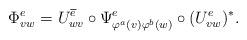
LaTeX: \begin{align*} \Phi^e_{vw} &= U^{\overline{e}}_{wv}\circ \Psi^{e}_{\varphi^a(v)\varphi^b(w)}\circ (U^{e}_{vw})^*.\end{align*}